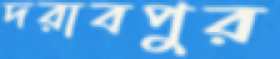
দরাবপুর